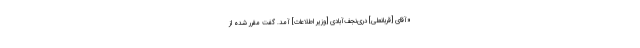
«آقاى [قربانعلی] درى‌نجف‌آبادى [وزیر اطلاعات] آمد. گفت مقرر شده از